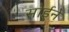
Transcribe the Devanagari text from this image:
सोईने